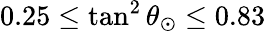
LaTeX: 0.25\le\tan^{2}\theta_{\odot}\le 0.83